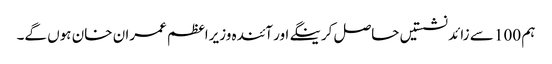
ہم 100 سے زائد نشستیں حاصل کرینگے اور آئندہ وزیراعظم عمران خان ہوں گے۔